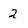
Character: 2